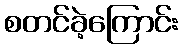
စတင်ခဲ့ကြောင်း